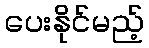
ပေးနိုင်မည့်